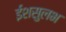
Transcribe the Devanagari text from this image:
ईशसुलभ